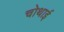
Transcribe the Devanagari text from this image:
चोथाई